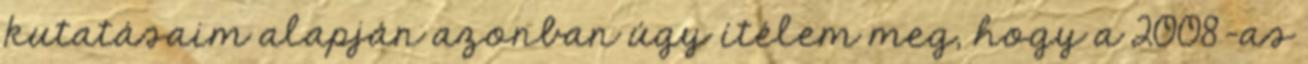
kutatásaim alapján azonban úgy ítélem meg, hogy a 2008-as